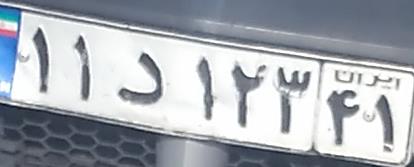
۱۱د۱۲۳۴۱